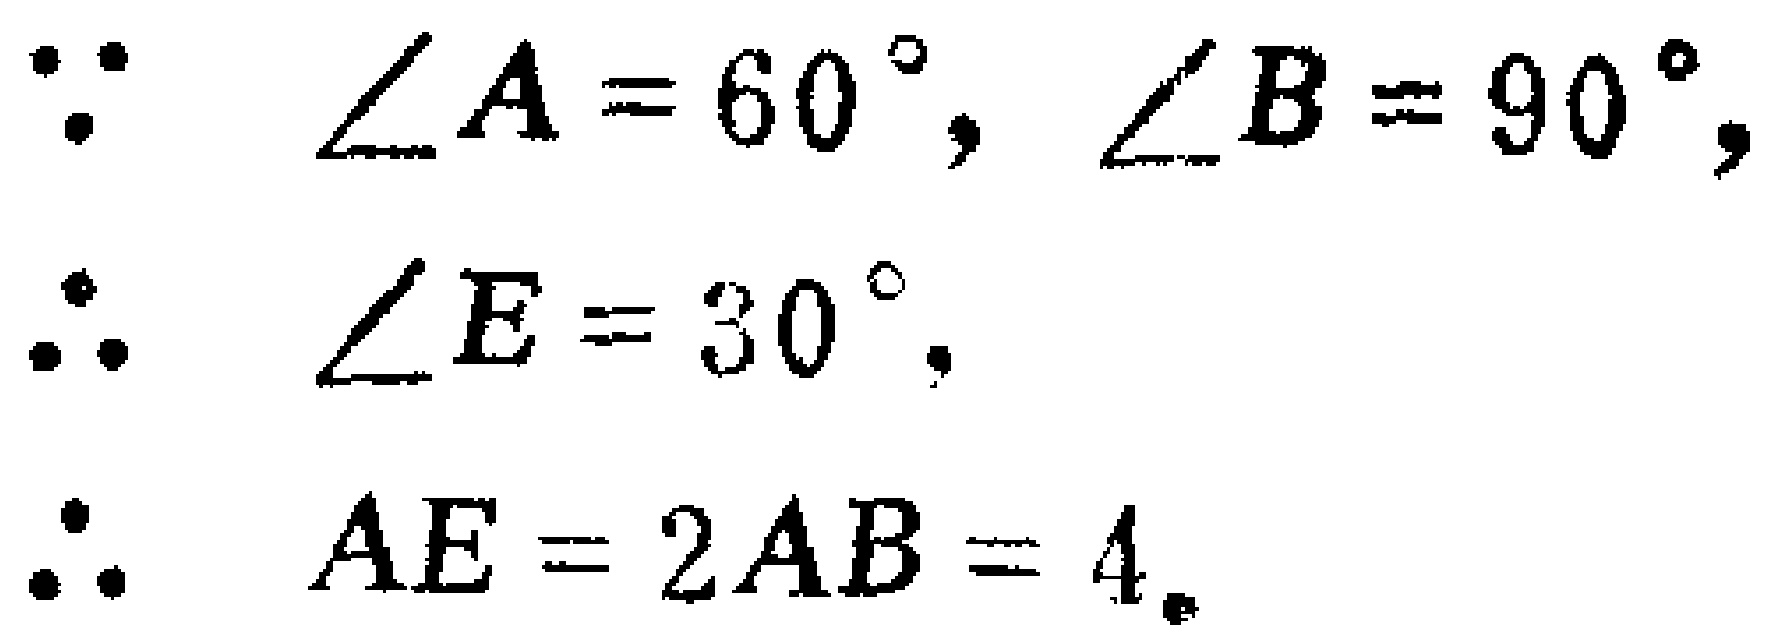
\(\because \angle A = 60^{\circ}, \angle B = 90^{\circ},\)
\(\therefore \angle E = 30^{\circ}.\)
\(\therefore AE = 2AB = 4.\)